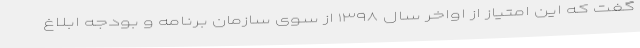
گفت که این امتیاز از اواخر سال ۱۳۹۸ از سوی سازمان برنامه و بودجه ابلاغ